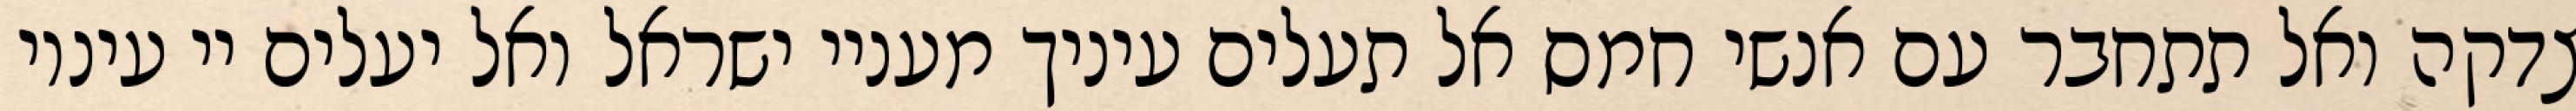
צדקה ואל תתחבר עם אנשי חמס אל תעלים עיניך מעניי ישראל ואל יעלים יי עיניו